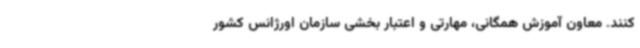
کنند. معاون آموزش همگانی، مهارتی و اعتبار بخشی سازمان اورژانس کشور